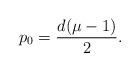
LaTeX: \begin{align*}p_0 = \frac{d(\mu-1)}{2}.\end{align*}